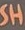
SH